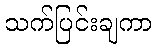
သက်ပြင်းချကာ